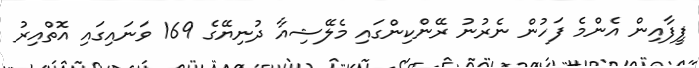
ފީފާއިން އެންމެ ފަހުން ނެރުނު ރޭންކިންގައި މެލޭޝިއާ ދުނިޔޭގެ 169 ވަނައިގައި އޮތްއިރު